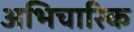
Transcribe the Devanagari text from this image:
अभिचारिक